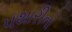
પથારીનો